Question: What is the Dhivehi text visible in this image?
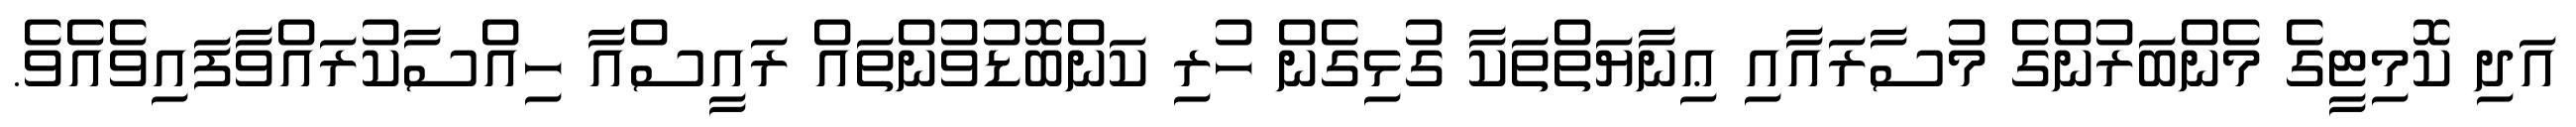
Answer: އަދި ކޮމިޓީގެ މެންބަރުންގެ މުސާރައާއި ޢިނާޔަތްތަކާ ގުޅިގެން ހުރި ކަންބޮޑުވުންތައް ރައީސްއާ ހިއްސާކުރައްވާފައިވެއެވެ.